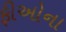
ફીઓના